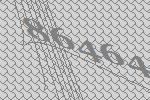
86464